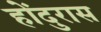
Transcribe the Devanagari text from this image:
होंदुरास